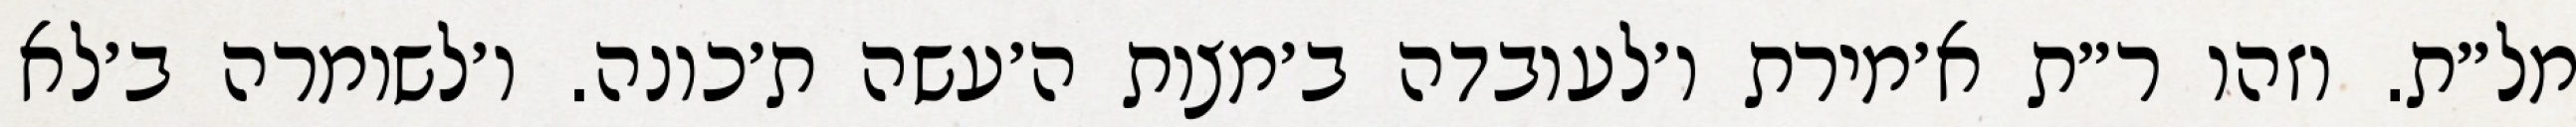
מל״ת. וזהו ר״ת א׳מירת ו׳לעובדה ב׳מצות ה׳עשה ת׳כונה. ו׳לשומרה ב׳לא